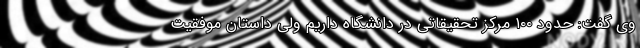
وی گفت: حدود ۱۰۰ مرکز تحقیقاتی در دانشگاه داریم ولی داستان موفقیت